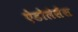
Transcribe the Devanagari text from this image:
ऐडोलेसेंस